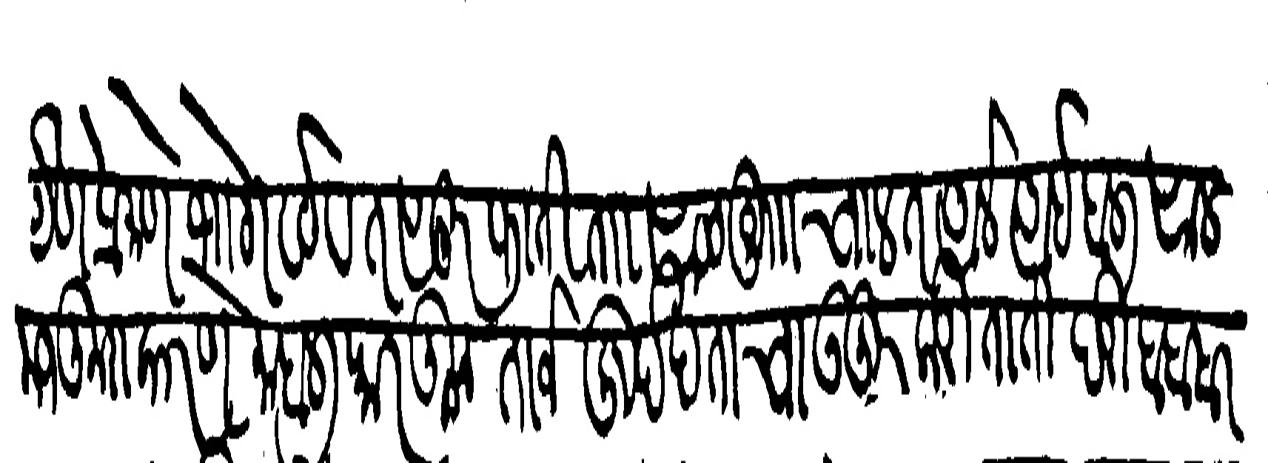
Transliteration (Devanagari): येणे प्रमाण भोगवटे व तसरुफाती ताा साळ गुा चालत आले आहे हाली साल मजकुरा कारणे माहाली कारकून ताजे खुर्दखताचा उजुर करिताति दरी बाब सरंजाम